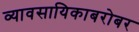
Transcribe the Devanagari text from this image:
व्यावसायिकाबरोबर